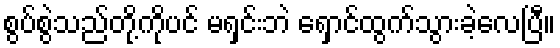
စွပ်စွဲသည်တို့ကိုပင် မရှင်းဘဲ ရှောင်ထွက်သွားခဲ့လေပြီ။